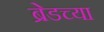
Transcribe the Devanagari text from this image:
ब्रेडच्या